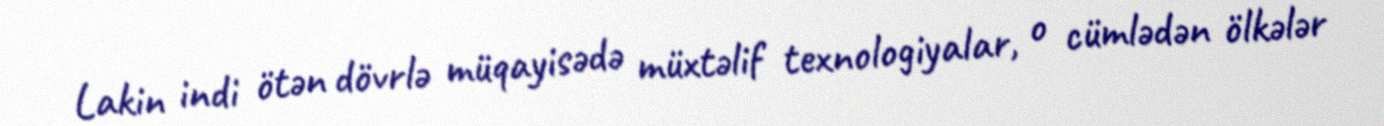
Lakin indi ötən dövrlə müqayisədə müxtəlif texnologiyalar, o cümlədən ölkələr